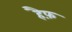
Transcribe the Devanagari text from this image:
हैफ़